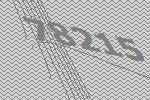
78215